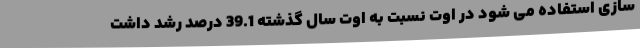
سازی استفاده می شود در اوت نسبت به اوت سال گذشته 39.1 درصد رشد داشت